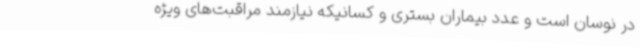
در نوسان است و عدد بیماران بستری و کسانیکه نیازمند مراقبت‌های ویژه